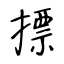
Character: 摽